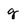
Character: g